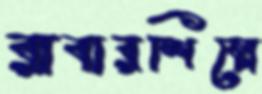
রাবারশিল্পে